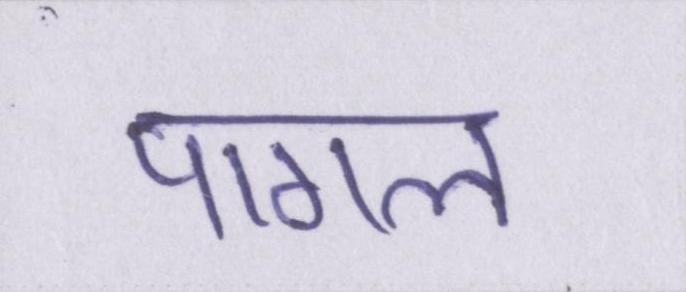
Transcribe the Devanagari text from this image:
पागल